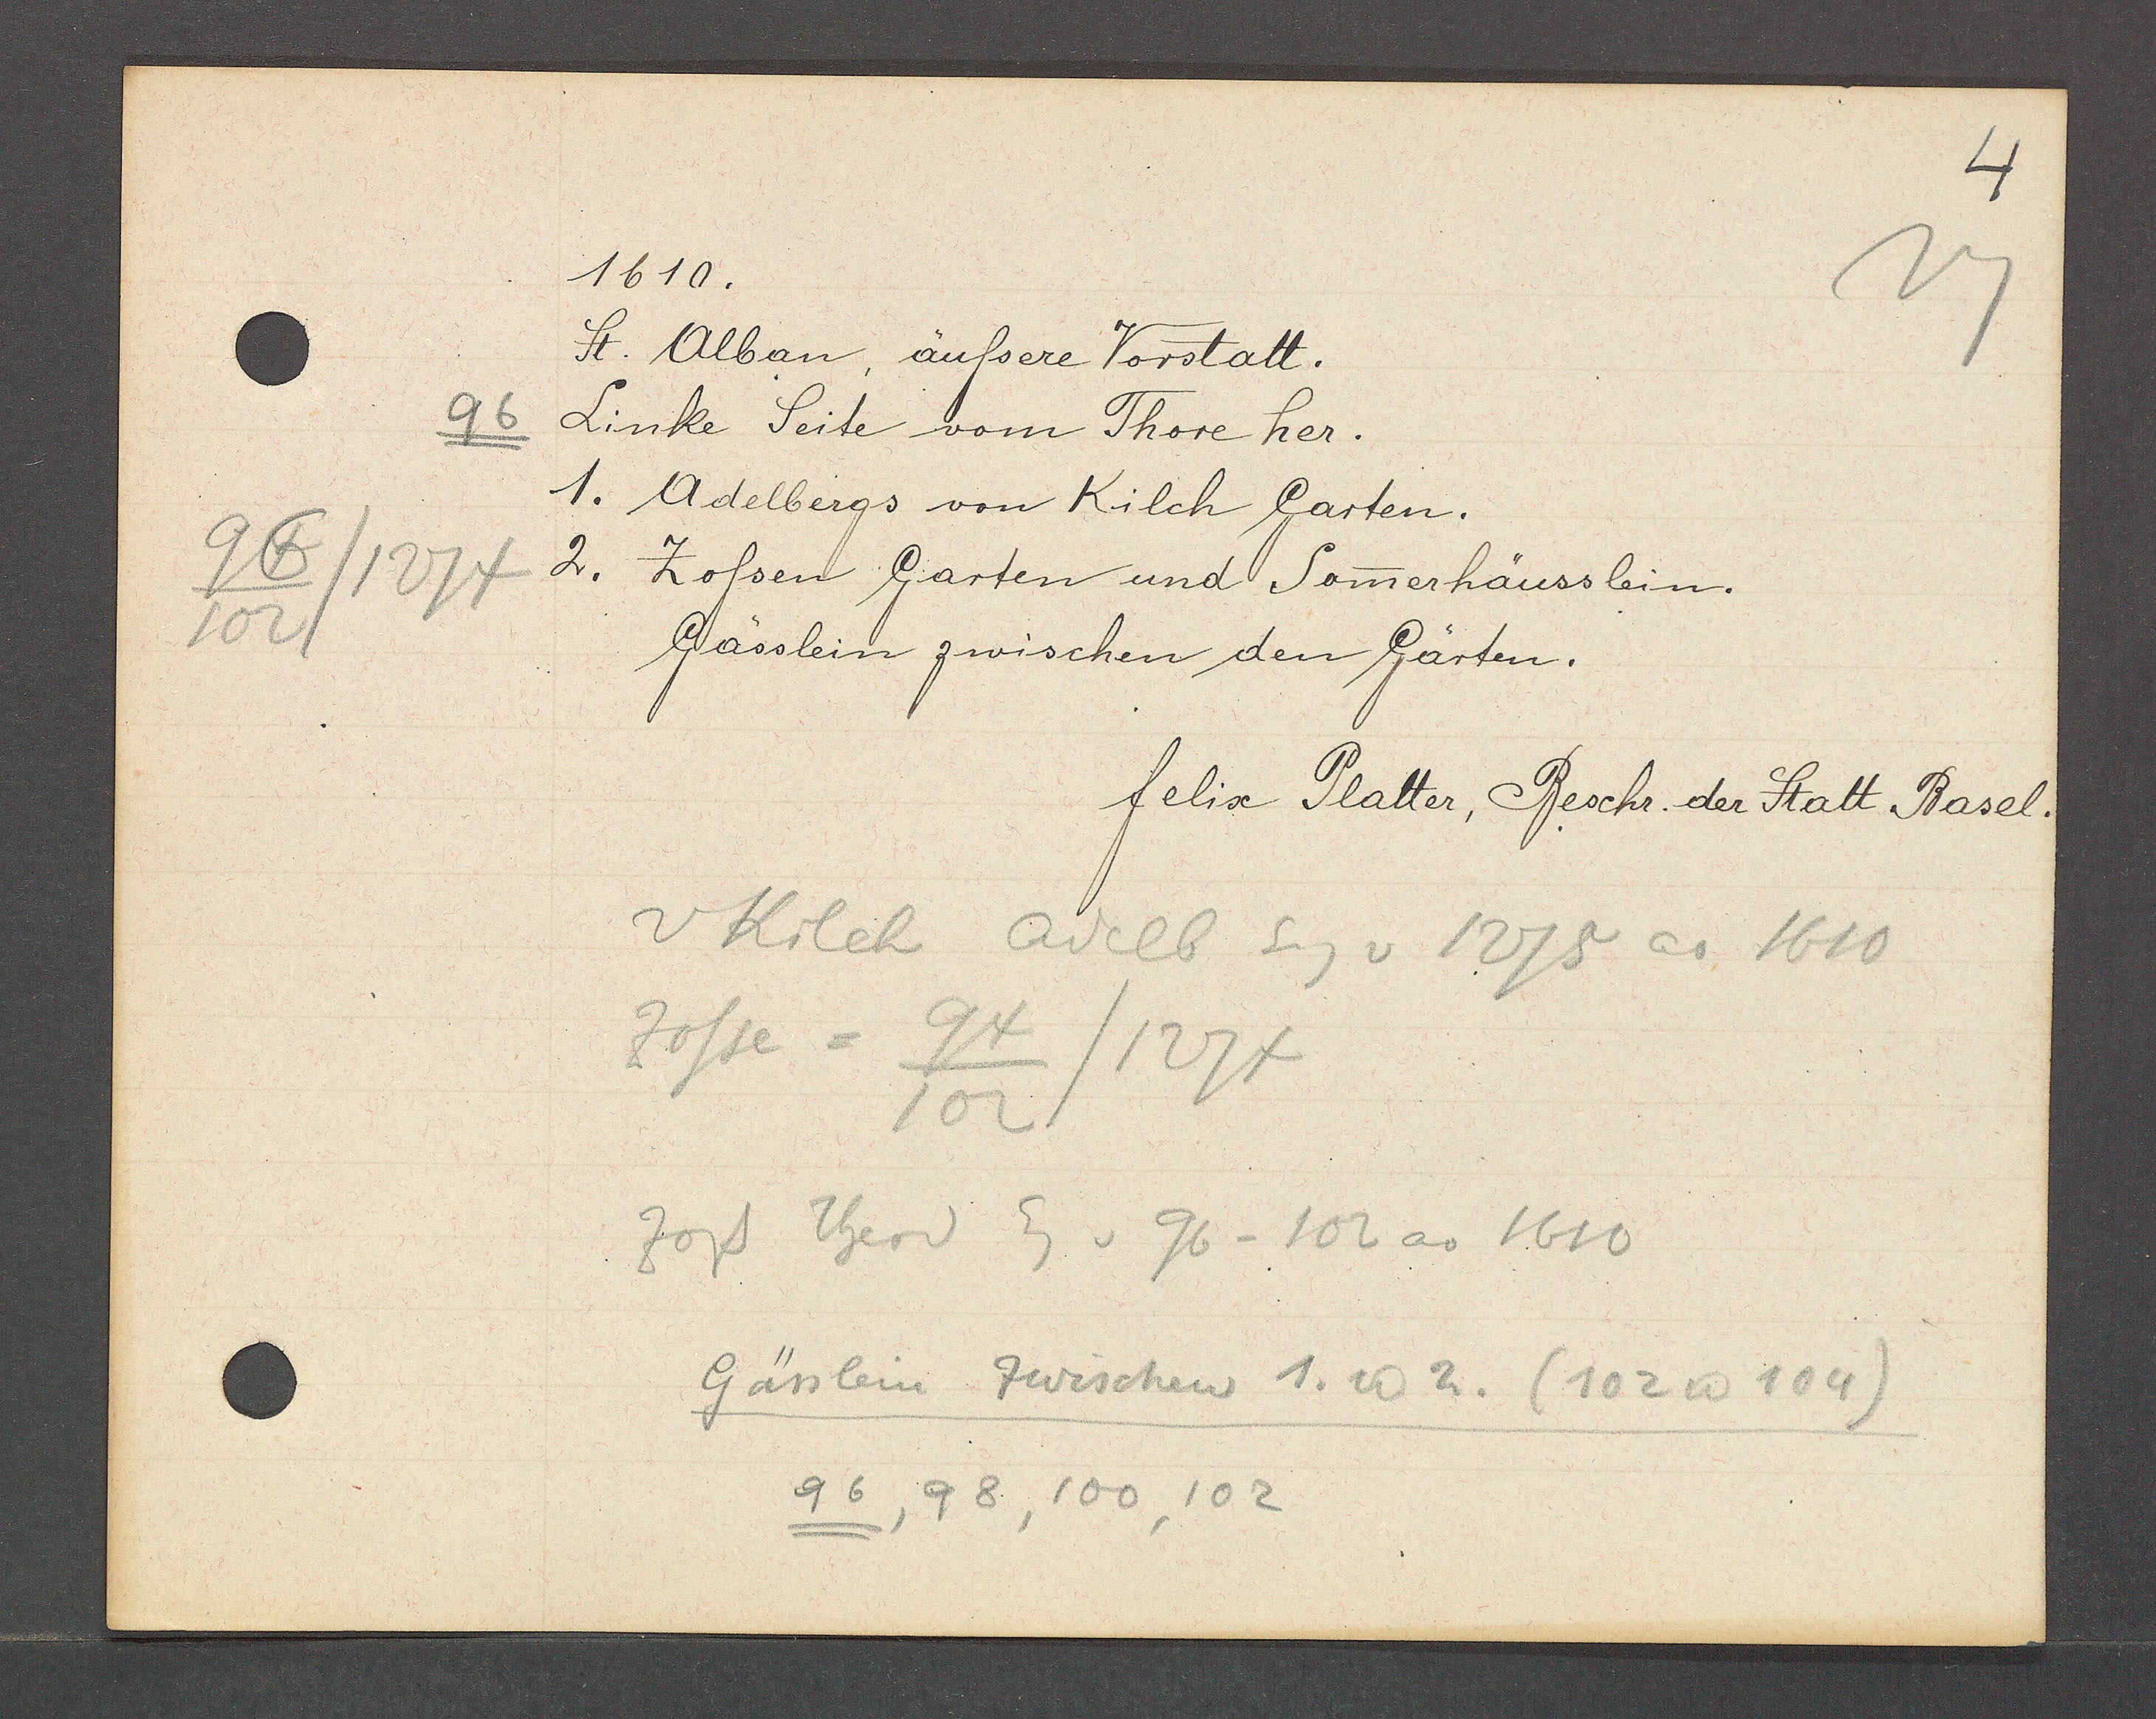
Transcript:
96
102
96/1214

1610.
St. Alban, äussere Vorstatt.
Linke Seite vom Thore her.
1. Adelbergs von Kilch Garten.
2. Zossen Garten und Somerhäusslein.
Gässlein zwischen den Gärten.

felix Platter, Beschr. der Statt Basel.

v Kilch Adelb Eg v 1275 ao 1610
Zosse = 94/1274
102
Zoss Theod Eg v 96 - 102 ao 1610
Gässlein zwischen 1. u 2. (102 u 104)
96, 98, 100, 102